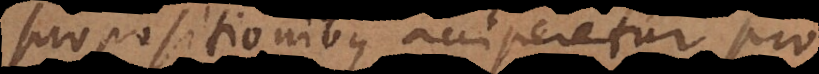
propositionibus acciperetur pro